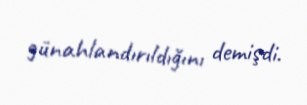
günahlandırıldığını demişdi.